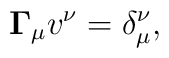
{\bf\Gamma}_\mu v^\nu = \delta_\mu^\nu,